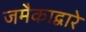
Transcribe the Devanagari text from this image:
जमैकाद्वारे